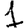
Digit: 1